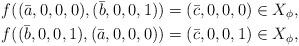
LaTeX: \begin{align*} f((\bar{a},0,0,0),(\bar{b},0,0,1)) & =(\bar{c},0,0,0)\in X_{\phi},\\ f((\bar{b},0,0,1),(\bar{a},0,0,0)) & =(\bar{c},0,0,1)\in X_{\phi},\end{align*}